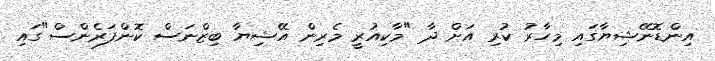
އިންޑޮނޭޝިޔާގައި މިހާރު ކުރި އަށް ދާ "މާކިއުރީ މެރިން އޭޝިޔާ ބިޒްނަސް ކޮންފަރެންސް"ގައި